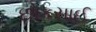
છોકસાઈ